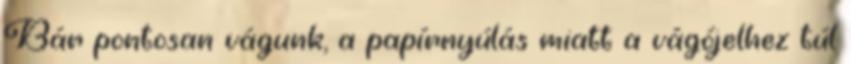
Bár pontosan vágunk, a papírnyúlás miatt a vágójelhez túl